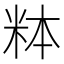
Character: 𬖓